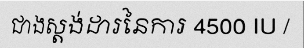
ជាងស្តង់ដារនៃការ 4500 IU /